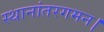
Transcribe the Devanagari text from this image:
स्थानांतरगमन।